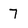
Character: 7